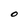
Character: O